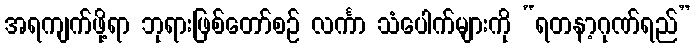
အရကျက်ဖို့ရာ ဘုရားဖြစ်တော်စဉ် လင်္ကာ သံပေါက်များကို “ရတနာ့ဂုဏ်ရည်”